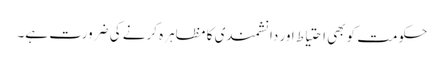
حکومت کو بھی احتیاط اور دانشمندی کا مظاہرہ کرنے کی ضرورت ہے۔